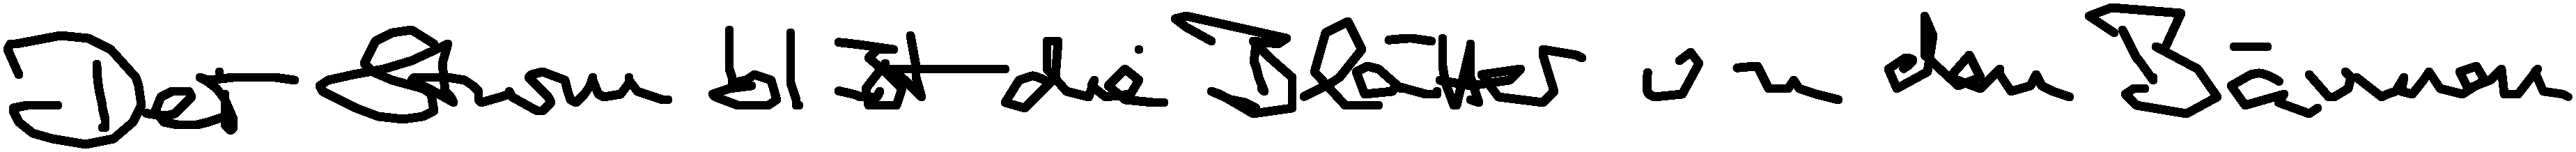
Der Sturm bläst die Blätter von den Bäumen.